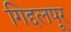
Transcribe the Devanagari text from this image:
गिद्दलपूर